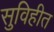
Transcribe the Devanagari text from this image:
सुविहीत